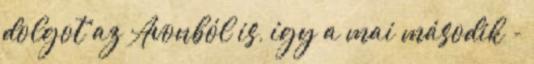
dolgot az Avonból is, így a mai második -